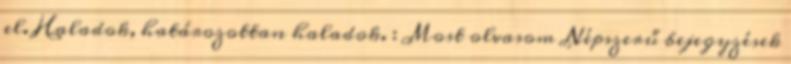
el. Haladok, határozottan haladok. : Most olvasom Népszerű bejegyzések